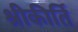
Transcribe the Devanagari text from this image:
श्रीकीर्ति